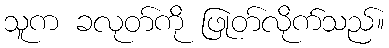
သူက ခလုတ်ကို ဖြုတ်လိုက်သည်။